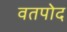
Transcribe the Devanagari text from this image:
वतपोद